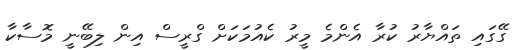
ގޭގައި ތައްޔާރު ކުރާ އެންމެ މީރު ކެއުމަކަށް ގްރީސް އިން ލިބޭނީ މޮސާކާ